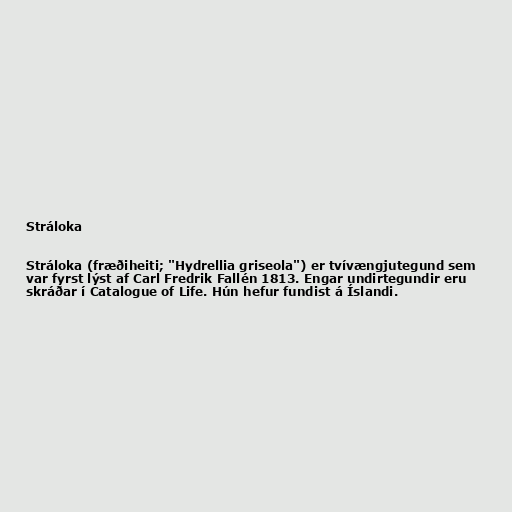
Stráloka

Stráloka (fræðiheiti; "Hydrellia griseola") er tvívængjutegund sem
var fyrst lýst af Carl Fredrik Fallén 1813. Engar undirtegundir eru
skráðar í Catalogue of Life. Hún hefur fundist á Íslandi.